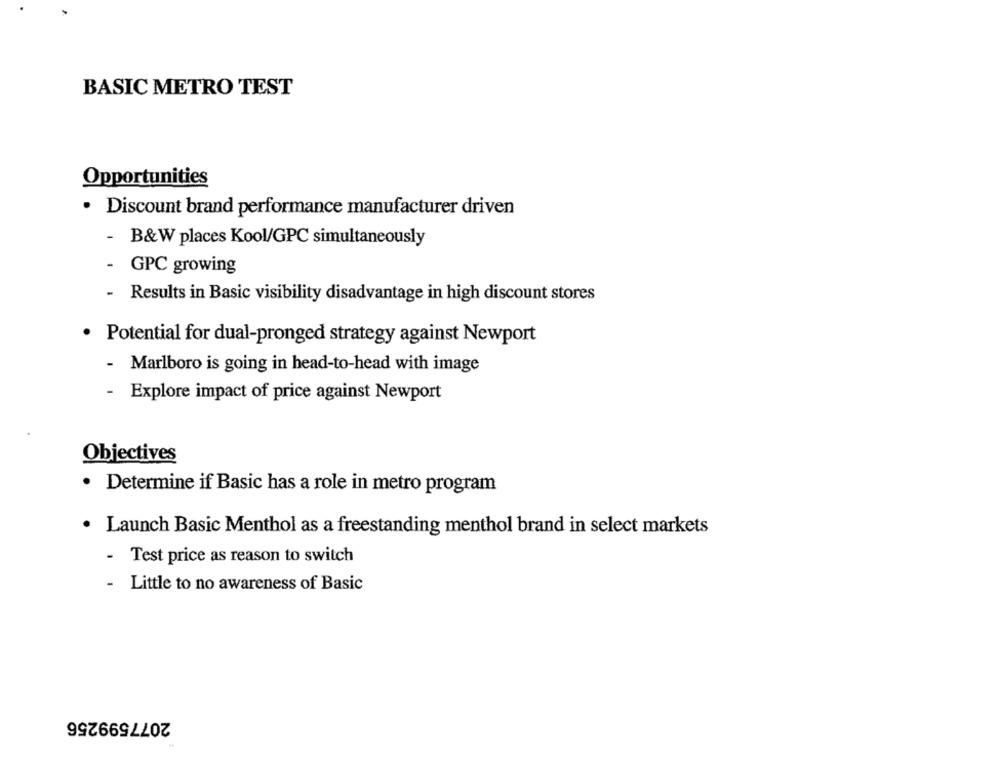
BASIC METRO TEST
Opportunities
· Discount brand performance manufacturer driven
- B&W places Kool/GPC simultaneously
- GPC growing
- Results in Basic visibility disadvantage in high discount stores
· Potential for dual-pronged strategy against Newport
- Marlboro is going in head-to-head with image
- Explore impact of price against Newport
Objectives
· Determine if Basic has a role in metro program
· Launch Basic Menthol as a freestanding menthol brand in select markets
- Test price as reason to switch
-
Little to no awareness of Basic
2077599256